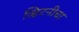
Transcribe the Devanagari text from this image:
व्हिटनीचा